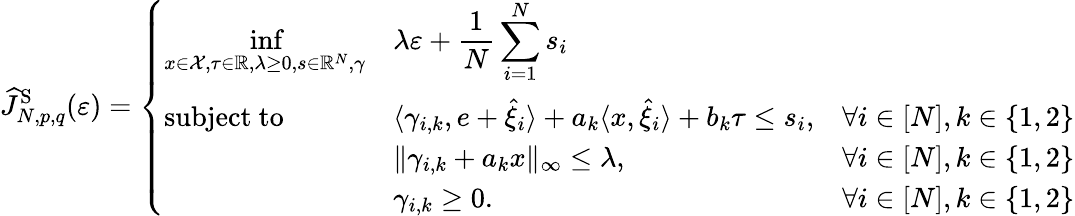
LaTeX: \widehat{J}_{N,p,q}^{\mathrm{S}}(\varepsilon)=\left\{ \begin{array}{lll}{{\displaystyle\operatorname*{inf}_{x\in\mathcal{X},\tau\in\mathbb{R},\lambda\geq 0,s\in\mathbb{R}^{N},\gamma}}}&{{\displaystyle\lambda\varepsilon+\frac{1}{N}\sum_{i=1}^{N}s_{i}}}&\\ {\mathrm{subject~to}}&{{\displaystyle\langle\gamma_{i,k},e+\widehat{\xi}_{i}\rangle+a_{k}\langle x,\widehat{\xi}_{i}\rangle+b_{k}\tau\leq s_{i},}}&{\forall i\in[N],k\in\{ 1,2\} }\\ &{\| \gamma_{i,k}+a_{k}x\| _{\infty}\leq\lambda,}&{\forall i\in[N],k\in\{ 1,2\} }\\ &{\gamma_{i,k}\geq 0.}&{\forall i\in[N],k\in\{ 1,2\} }\end{array}\right.